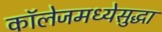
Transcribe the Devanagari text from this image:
कॉलेजमध्येसुद्धा